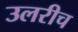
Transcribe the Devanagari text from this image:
उलरीच